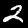
Label: 2